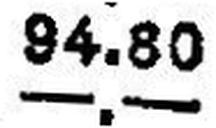
—.—